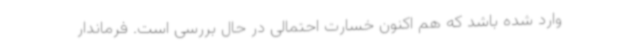
وارد شده باشد که هم اکنون خسارت احتمالی در حال بررسی است. فرماندار